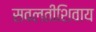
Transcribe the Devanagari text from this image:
सवलतीशिवाय